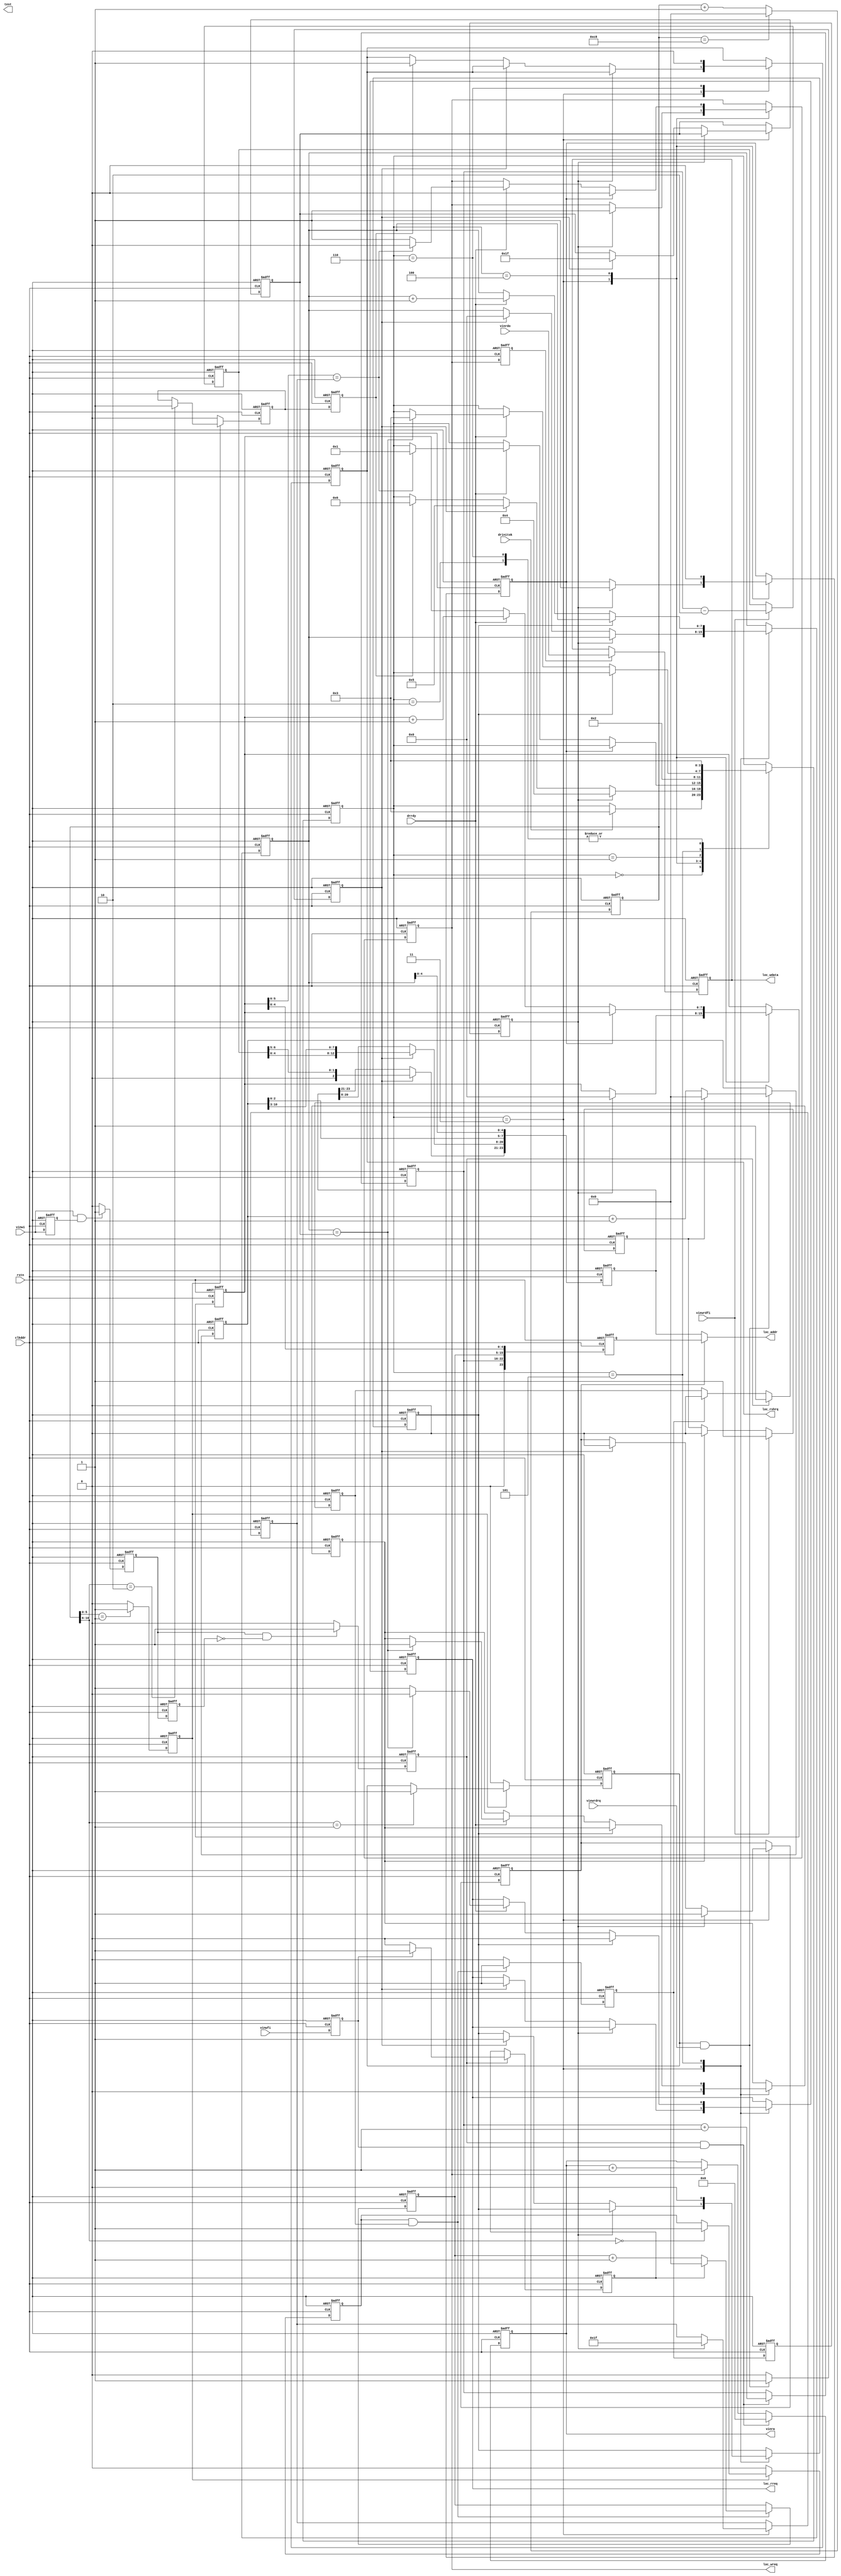
module ddr_rw(
                rstn,	
                clkddr,
                drinitok,
                drrdy,	
                vinwi,
                vinwfi,  
                viewrdfi,
                viewrdrq, 
                vinrdo,        
		
                					  		                           
                loc_wreq,
                loc_rreq,
                loc_rshrq,
                loc_addr,
                loc_wdata,
                vinra,   
                test		  
	        );     
			  
			  
			  
input rstn;
input clkddr;           //-- DDR ʱӣ
input drinitok;         //-- DDRɳʼ
input drrdy;            //-- DDRæе״̬ Ϊ1ʱ˵ԶDDRв      
input vinwi;            //-- Ƶдźţÿһдһݣ 
input vinwfi;           //-- Ϊ1˵дƵΪһ֡Ƶݵʼݣ
input viewrdfi;         //-- Ϊ1˵ζȡΪLCDʾ֡ʼźţ 
input viewrdrq;         //-- LCDʾݶȡҪźţ
input [31:0]vinrdo;     //-- д뵽DDRƵݣ


output loc_wreq;        //-- DDRдݵҪźţloc_wreqΪ1ʱӳȱдDDRݸ32bitΪλ
output loc_rreq;        //-- DDRжȡݵҪźţloc_rreqΪ1ʱӳȱ˶ȡDDRݸ32bitΪλ
output loc_rshrq;       //-- Ϊ1DDRʼˢµ ˢµĴddr_ctrl־
output [23:0]loc_addr;   //-- дDDRĵַBANK// ĵַϢ
output [31:0]loc_wdata;  //-- дDDRݣ
output [5:0]vinra;       //-- ȡƵݵĵַݽд뵽DDRУ

output test;            //-- źţ


reg loc_wreq;
reg loc_rreq;
reg loc_rshrq;

wire [23:0]loc_addr;
reg [31:0]loc_wdata;
reg [5:0]vinra;

reg test;

//-------------------------------------------

reg [3:0]CTRL;

parameter IDLE          = 4'd0;
parameter DRWRT1        = 4'd1;
parameter DRWRT2        = 4'd2;
parameter DRWAIT        = 4'd3;
parameter DRWRT         = 4'd4;
parameter DRREAD        = 4'd5;
parameter DRRFRSH       = 4'd6;


reg viewfrmfst;
reg [23:0]wrtaddr;
reg [23:0]rdaddr;

reg rfrshrq;
reg wrtrq;
reg readrq;

reg [10:0]wrtcnt32;
reg [10:0]rdcnt32;

reg wrtfst;
reg [7:0]wcnt;
reg [7:0]rcnt;
reg [5:0]drwnum;
reg [7:0]drrnum;
reg rdfst;
reg rdviewdone;
reg addrwflg;

reg vinwfrmi;
reg vinwrqi;
reg vinwrt3;

reg vinwrt1;
reg vinwrt2; 

reg wtdrwtran;
reg wtdrwfrmf;
reg loc_wreq1;

reg [6:0]wfrmcnt;
reg [6:0]rfrmcnt;


//------------------------------------------



always @(posedge clkddr or negedge rstn)
begin
    if (!rstn)
       begin 
            vinwfrmi <= 1'b0;
            vinwrqi <= 1'b0;
            vinwrt3 <= 1'b0;
            
            vinwrt1 <= 1'b0;
            vinwrt2 <= 1'b0;
            
            wfrmcnt <= 7'd0;
           
       end
    else
       begin
            vinwrt1 <= vinwi;
            if(vinwi==1'b1&&vinwrt1==1'b1)    //-- ʱӲ
               begin
                   vinwrt2 <= 1'b1;            
               end 
            else
               begin
                   vinwrt2 <= 1'b0;
               end               
                 
            vinwrt3 <= vinwrt2;
            
            
            if(vinwrt2==1'b1&&vinwrt3==1'b0)    //-- ʱӲ
               begin
                   vinwrqi <= 1'b1;            
               end 
            else
               begin
                   vinwrqi <= 1'b0;
               end        
                       
            vinwfrmi <=  vinwfi;   
            
            if(vinwrqi==1'b1&&vinwfrmi==1'b1)
               begin
                    wfrmcnt <= wfrmcnt + 1'b1;
               end                                                                                                                                                                                                          		            	                     
       end
end




always @(posedge clkddr or negedge rstn)
begin
    if (!rstn)
       begin
            wtdrwtran <= 1'b0;
            wtdrwfrmf <= 1'b0;
            loc_wreq1 <= 1'b0;
       end
    else
       begin           
            loc_wreq1 <= loc_wreq;   
            if(vinwrqi==1'b1)
               begin
                    wtdrwtran <= 1'b1;
                    if(vinwfrmi==1'b1)          //-- Ƶ֡ʼ
                       begin
                           wtdrwfrmf <= 1'b1;
                       end
                    else
                       begin
                           wtdrwfrmf <= 1'b0;
                       end
               end                    
            else
               begin
                    if(wrtreq0==1'b1)
                       begin
                            wtdrwtran <= 1'b0;
                       end
               end                                         
       end
end
                

always @(posedge clkddr or negedge rstn)
begin
    if (!rstn)
       begin
            vinra <= 6'd0;
       end
    else
       begin              
            if(vinwrqi==1'b1&&vinwfrmi==1'b1)   
               begin
                    vinra <= 6'd0;
               end                    
            else
               begin
                    if(loc_wreq==1'b1)
                       begin
                            vinra <= vinra + 1'b1;   //-- һ֡Ƶݳ֡ʼַҪ0⣬ఴ˳ѭһֱһ֡
                       end
               end                                         
       end
end



//-------------------------------------------------


assign loc_addr = (addrwflg==1'b1)? wrtaddr : rdaddr;      //-- дDDRַѡ



always @(posedge clkddr or negedge rstn)
begin
    if (!rstn)
       begin
            wrtaddr <= 24'd0;
       end
    else
       begin              
            wrtaddr[23:21] <= {1'b0,wfrmcnt[6:5]};            //-- DDR BANK ѡ
          
            wrtaddr[20:8]  <= {wfrmcnt[4:0],wrtcnt32[10:3]};   //-- DDR еַ
                          
            wrtaddr[7:5] <= wrtcnt32[2:0];              //-- еַ                                          
            wrtaddr[4:0] <= wcnt[4:0];                  //-- еַ õַǰ32bitΪλģDDR16bitΪλ1CLKغ½ؾд16bit,32bit)ַҪչ                                                        
       end
end



always @(posedge clkddr or negedge rstn)
begin
    if (!rstn)
       begin
            loc_wdata <= 31'd0;
       end
    else
       begin   
            if(loc_wreq1==1'b1)
               begin          
                   loc_wdata <= vinrdo[31:0];     //-- дDDRݣÿʱд32bit
               end                                                                         
       end
end


//--------------------------------------------


always @(posedge clkddr or negedge rstn)
begin
    if (!rstn)
       begin
            rdaddr <= 24'd0;           
                
       end
    else
       begin                                                          
            if(readrq==1'b1)
                begin
                     rdaddr[23:21] <= {1'b0,rfrmcnt[6:5]};           //-- DDR bank
                     rdaddr[20:8] <= {rfrmcnt[4:0],rdcnt32[10:3]};   //-- DDR еַ
                end     
   
            rdaddr[7:0] <= {rdcnt32[2:0],rcnt[4:0]};      //-- DDRеַ32bitΪλ ÿʱӶȡ32bitDDR16bitΪλҪչ
            
                                       
       end
end

//---------------------------------------






//-------------------------------------

reg [10:0]timer;
reg timer50_1;

reg timewrt;
reg timerd;
reg timefrsh;


always @(posedge clkddr or negedge rstn)
begin
    if (!rstn)
       begin
            timer <= 11'd0;
       end
    else
       begin
            if(timer==11'd200)
               begin
                    timer <= 11'd0;
               end
            else
               begin 
                    timer <= timer + 1'b1;
               end       
       end
end



always @(posedge clkddr or negedge rstn)
begin
    if (!rstn)
       begin
            timer50_1 <= 1'b0;
            timewrt <= 1'b0;
            timerd <= 1'b0;
            timefrsh <= 1'b0;
       end
    else
       begin 
            if(timer[5:0]==6'd1)
               begin
                    timer50_1 <= 1'b1;
               end      
            else
               begin
                    timer50_1 <= 1'b0;
               end
               
            if(timer50_1==1'b1)                 //-- timer 0~200 ѭ 201clkʱηֱDDRд/ȡ/ˢ ͬ
               begin
                    if(timer[10:6]==5'd0)
                       begin
                            timewrt <= 1'b1;
                       end
                       
                    if(timer[10:6]==5'd1)
                       begin
                            timerd <= 1'b1;
                       end       
                       
                    if(timer[10:6]==5'd2)
                       begin
                            timefrsh <= 1'b1;
                       end                                          
               end
            else
               begin
                    timewrt <= 1'b0;
                    timerd <= 1'b0;
                    timefrsh <= 1'b0;
               end
       end
end






//-------------------------------------

reg wrtreq0;
reg wrtreq1;

always @(posedge clkddr or negedge rstn)
begin
    if (!rstn)
       begin
            rfrshrq <= 1'b0;
            wrtrq <= 1'b0;
            readrq <= 1'b0;
            
            wrtreq0 <= 1'b0;
            wrtreq1 <= 1'b0;
            
            wrtcnt32 <= 11'd0;
            rdcnt32 <= 11'd0;
            viewfrmfst <= 1'b0;
            
            rfrmcnt <= 7'd0;
       end
    else
       begin 
            wrtreq1 <= wrtreq0;
            wrtrq <= wrtreq1;           
                        

            if(timewrt==1'b1&&wtdrwtran==1'b1)
               begin
                   wrtreq0 <= 1'b1;                //-- дźţά1clk ڷдDDRʱǷҪд뻹Ҫ
                   if(wtdrwfrmf==1'b1)
                      begin
                           wrtcnt32 <= 11'd0;
                      end
                   else
                      begin
                           wrtcnt32 <= wrtcnt32 + 1'b1;
                      end
               end
            else
               begin
                   wrtreq0 <= 1'b0;
               end
                                               
            if(timerd==1'b1&&viewrdrq==1'b1)          //-- ڷĶȡDDRʱڣǷҪȡviewrdrq
               begin
                    readrq <= 1'b1;
                    if(viewfrmfst==1'b1)
                       begin 
                           rdcnt32 <= 11'd0;
                       end
                    else
                       begin
                           rdcnt32 <= rdcnt32 + 1'b1;
                       end
               end
            else
               begin
                    readrq <= 1'b0;
               end 
               
            if(viewrdfi==1'b1)
                begin
                     viewfrmfst <= 1'b1;
                     rfrmcnt <= wfrmcnt[6:0]-2'd2;      //-- дͶȡDDRеƵ֡2֡ʱ䣻 һ߲ϵDDRдɼƵݣⲻϵĶȡDDRеƵ
                end                                     //-- ͵LCDнʵʱʾ2֡ʱ䣻
            else
                begin
                     if(rdviewdone==1'b1)
                        begin
                            viewfrmfst <= 1'b0;
                        end
                end                                     
            

            rfrshrq <= timefrsh;                                       
       end
end





always @(posedge clkddr or negedge rstn)
begin
	if (!rstn)
		begin
  		     CTRL<= IDLE;
  		     loc_wreq<=0;
  		     loc_rreq<=0;
  		     loc_rshrq <= 1'b0;
  		     wrtfst <= 1'b0;
  		     wcnt <= 8'd0;
  		     drwnum <= 6'd0; 
  		     drrnum <= 8'd0;
  		     rdfst <= 1'b0;
  		     rdviewdone <= 1'b0;
  		     rcnt <= 8'd0;
  		     addrwflg <= 1'b0;			     
		end
	else
		begin		
			case (CTRL)
				IDLE: 
					begin
					     if(drinitok==1'b1)        //--ʼɺȴд
					          begin
						       CTRL<= DRWAIT;
						  end
					end 
		       
				
				DRWAIT:
					begin	
					        rdviewdone <= 1'b0;				        					        
					        if(wrtrq==1'b1)                 //-- дDDRҪ
					             begin
					                  loc_wreq<=1'b1;
					                  addrwflg <= 1'b1;
					                  wrtfst <= 1'b1;
					                  wcnt <= 8'd0;					                  
					                  drwnum <= 6'd31;  
					                  CTRL <= DRWRT;					                  					                  
					             end
					        else
					             begin
					                  if(readrq==1'b1)         //-- DDRҪ
					                      begin
					                           begin
					                                loc_rreq<=1'b1;
					                                rdfst <= 1'b1;
					                                rcnt <= 8'd0;
					                                addrwflg <= 1'b0;
					                                   
					                                drrnum <= 8'd31;
					                                CTRL <= DRREAD;				                                       					                                
					                           end
					                      end
					                  else
					                      begin
					                           if(rfrshrq==1'b1)         //-- DDR ˢҪ
					                               begin
					                                    loc_rshrq <= 1'b1;
					                                    CTRL <= DRRFRSH;
					                               end
					                      end
					             end
					end


					
				DRWRT:
				        begin	
				             wrtfst <= 1'b0;
				             
				             if(wrtfst==1'b1) 
				                begin
				                     loc_wreq <= 1'b0;   //-- һloc_wreqҪclkٷڶloc_wreq
				                end                      //-- ҪΪddr_ctrlģиloc_wreqactiveactivewrtҪһʱ
				             else
				                begin
				                     if(drrdy==1'b1)
				                         begin
				                              wcnt <= wcnt + 1'b1;
				                              if(wcnt[5:0]==drwnum)
				                                 begin
				                                      loc_wreq <= 1'b0;      //-- loc_wreqΪ1ʱӸ(һloc_wreq)պõҪдݸ				                                      
				                                      CTRL <= DRWRT1;       
				                                 end
				                              else
				                                 begin
				                                      loc_wreq <= 1'b1;
				                                 end
				                         end
				                end				             				             																																																
				        end
				        
				DRWRT1: 
				        begin				             				             
				             CTRL <= DRWRT2;     				             				             
				        end

				DRWRT2: 
				        begin		             				             
				             CTRL <= DRWAIT;
				        end
				        				        				        			        				        
				        
				DRREAD:
					begin
					     rdfst <= 1'b0;
					     
					     if(rdfst==1'b1)
					         begin
					             loc_rreq <= 1'b0;   //-- һloc_rreqҪclkٷڶloc_rreqݸźactive;
					         end
					     else
					         begin
					             if(drrdy==1'b1)
					                 begin
					                      rcnt <= rcnt+1'b1;
							      if(rcnt==drrnum)          
							      	   begin
							      		loc_rreq<=1'b0;   //-- loc_rreqΪ1ʱӸպõҪȡݸ
							      		rdviewdone <= 1'b1;
							      		CTRL <= DRWAIT;
							      	   end
							      else
							      	begin
							      		loc_rreq<=1'b1;
							      	end					                      
					                 end
					         end
					     
					end									
					
			        DRRFRSH: 
			                begin
			                     loc_rshrq <= 1'b0;     //-- ˢֻҪά1clkɣÿˢµĴddr_ctrlģ
			                     CTRL <= DRWAIT;
			                end					
			endcase
		end
end		
				

	
endmodule